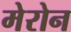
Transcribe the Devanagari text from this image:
मेरोन